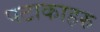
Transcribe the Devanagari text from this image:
पटाकाहरु